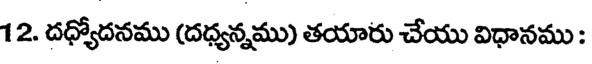
12. దధ్యోదనము (దధ్యన్నము) తయారు చేయు విధానము :